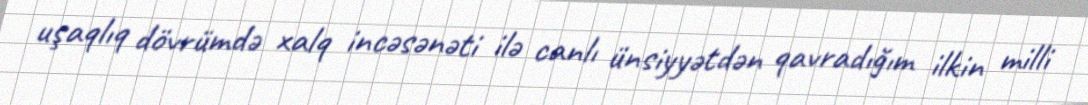
uşaqlıq dövrümdə xalq incəsənəti ilə canlı ünsiyyətdən qavradığım ilkin milli